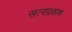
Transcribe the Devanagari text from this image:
सत्‍यप्रकाश